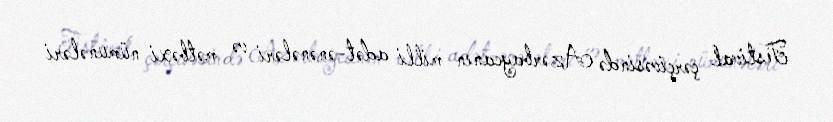
Festival çərçivəsində Azərbaycanın milli adət-ənənələri və mətbəxi nümunələri